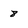
Character: 8